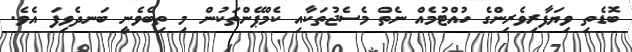
ބޮޑެތި ވިޔަފާރިވެރިންގެ ހުއްޓުމެއް ނެތް މެސެޖުތަކާއި ކެމްޕޭންތަކުން މި ތިބެވެނީ ބަނދެވިފަ އެވެ.